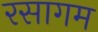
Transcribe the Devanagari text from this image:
रसागम